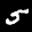
Label: 5